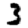
Digit: 3